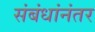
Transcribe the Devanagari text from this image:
संबंधांनंतर